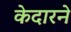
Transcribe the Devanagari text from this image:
केदारने